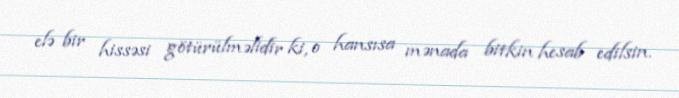
elə bir hissəsi götürülməlidir ki, o hansısa mənada bitkin hesab edilsin.